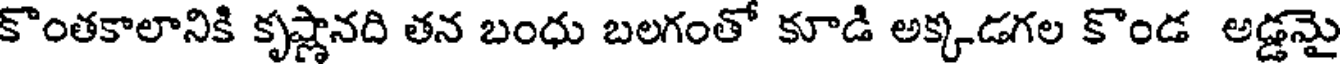
కొంతకాలానికి కృష్ణానది తన బంధు బలగంతో కూడి అక్కడగల కొండ అడ్డమై